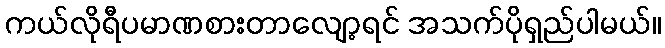
ကယ်လိုရီပမာဏစားတာလျော့ရင် အသက်ပိုရှည်ပါမယ်။